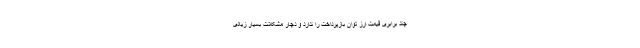
چند برابری قیمت ارز توان بازپرداخت را ندارد و دچار مشکلات بسیار زیادی